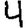
Digit: 4